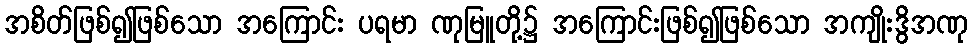
အစိတ်ဖြစ်၍ဖြစ်သော အကြောင်း ပရမာ ဏုမြူတို့၌ အကြောင်းဖြစ်၍ဖြစ်သော အကျိုးဒွိအဏု